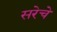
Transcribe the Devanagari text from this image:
सरेचे